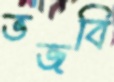
ভজবি